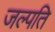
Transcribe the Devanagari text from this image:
जल्पति